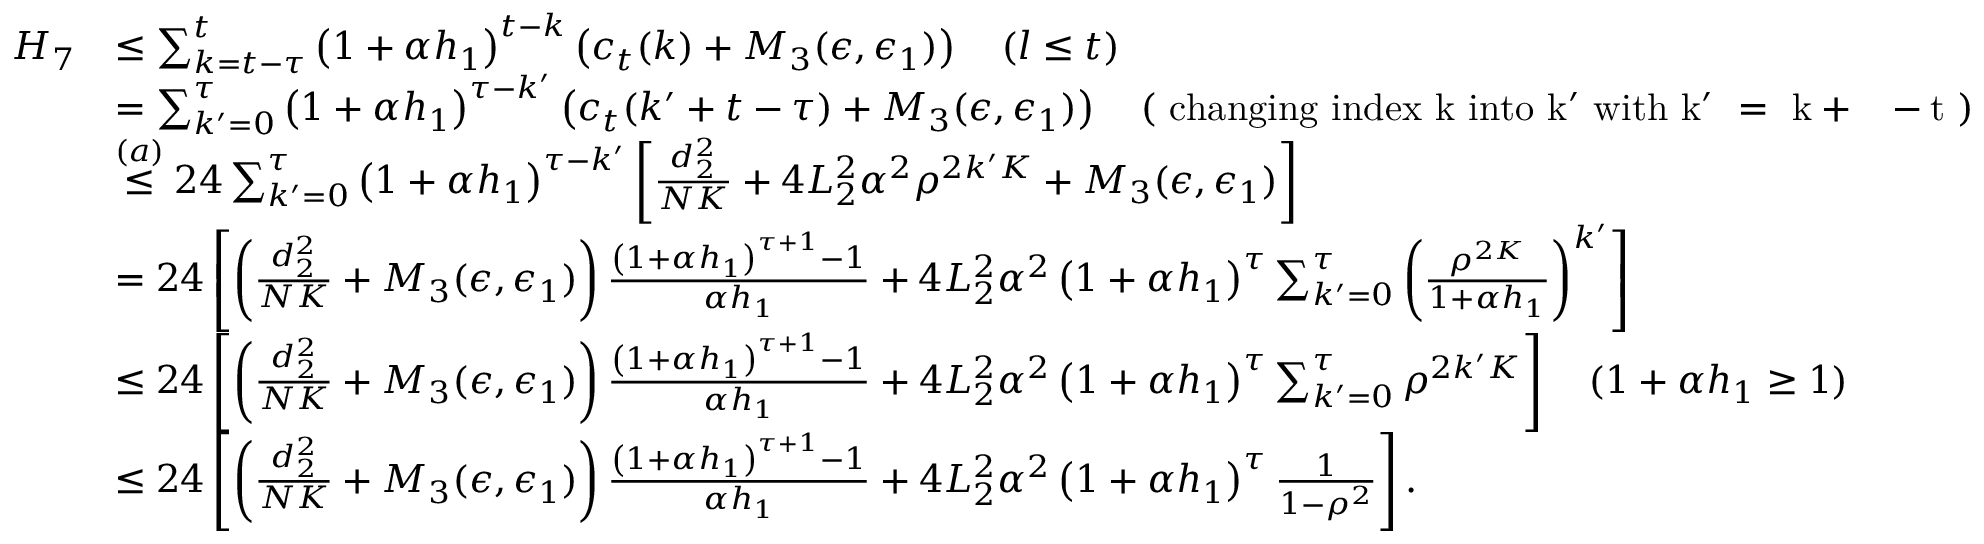
\begin{array} { r l } { H _ { 7 } } & { \le \sum _ { k = t - \tau } ^ { t } \left( 1 + \alpha h _ { 1 } \right) ^ { t - k } \left( c _ { t } ( k ) + M _ { 3 } ( \epsilon , \epsilon _ { 1 } ) \right) \quad ( l \le t ) } \\ & { = \sum _ { k ^ { \prime } = 0 } ^ { \tau } \left( 1 + \alpha h _ { 1 } \right) ^ { \tau - k ^ { \prime } } \left( c _ { t } ( k ^ { \prime } + t - \tau ) + M _ { 3 } ( \epsilon , \epsilon _ { 1 } ) \right) \quad ( \mathrm { ~ c h a n g i n g ~ i n d e x ~ k ~ i n t o ~ k ^ { \prime } ~ w i t h ~ k ^ { \prime } ~ = ~ k + \tau ~ - t ~ } ) } \\ & { \stackrel { ( a ) } { \le } 2 4 \sum _ { k ^ { \prime } = 0 } ^ { \tau } \left( 1 + \alpha h _ { 1 } \right) ^ { \tau - k ^ { \prime } } \left[ \frac { d _ { 2 } ^ { 2 } } { N K } + 4 L _ { 2 } ^ { 2 } \alpha ^ { 2 } \rho ^ { 2 k ^ { \prime } K } + M _ { 3 } ( \epsilon , \epsilon _ { 1 } ) \right] } \\ & { = 2 4 \left[ \left( \frac { d _ { 2 } ^ { 2 } } { N K } + M _ { 3 } ( \epsilon , \epsilon _ { 1 } ) \right) \frac { \left( 1 + \alpha h _ { 1 } \right) ^ { \tau + 1 } - 1 } { \alpha h _ { 1 } } + 4 L _ { 2 } ^ { 2 } \alpha ^ { 2 } \left( 1 + \alpha h _ { 1 } \right) ^ { \tau } \sum _ { k ^ { \prime } = 0 } ^ { \tau } \left( \frac { \rho ^ { 2 K } } { 1 + \alpha h _ { 1 } } \right) ^ { k ^ { \prime } } \right] } \\ & { \leq 2 4 \left[ \left( \frac { d _ { 2 } ^ { 2 } } { N K } + M _ { 3 } ( \epsilon , \epsilon _ { 1 } ) \right) \frac { \left( 1 + \alpha h _ { 1 } \right) ^ { \tau + 1 } - 1 } { \alpha h _ { 1 } } + 4 L _ { 2 } ^ { 2 } \alpha ^ { 2 } \left( 1 + \alpha h _ { 1 } \right) ^ { \tau } \sum _ { k ^ { \prime } = 0 } ^ { \tau } \rho ^ { 2 k ^ { \prime } K } \right] \quad ( 1 + \alpha h _ { 1 } \ge 1 ) } \\ & { \leq 2 4 \left[ \left( \frac { d _ { 2 } ^ { 2 } } { N K } + M _ { 3 } ( \epsilon , \epsilon _ { 1 } ) \right) \frac { \left( 1 + \alpha h _ { 1 } \right) ^ { \tau + 1 } - 1 } { \alpha h _ { 1 } } + 4 L _ { 2 } ^ { 2 } \alpha ^ { 2 } \left( 1 + \alpha h _ { 1 } \right) ^ { \tau } \frac { 1 } { 1 - \rho ^ { 2 } } \right] . } \end{array}